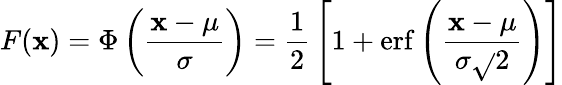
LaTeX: F(\mathbf{x})=\Phi\left({\frac{{\mathbf{x}-\mu}}{{\sigma}}}\right)={\frac{{1}}{{2}}}\left[1+\operatorname{erf}\left({\frac{{\mathbf{x}-\mu}}{{\sigma{\sqrt{}{{2}}}}}}\right)\right]